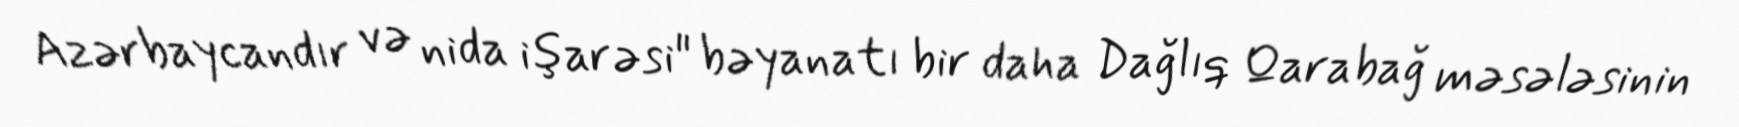
Azərbaycandır və nida işarəsi" bəyanatı bir daha Dağlıq Qarabağ məsələsinin